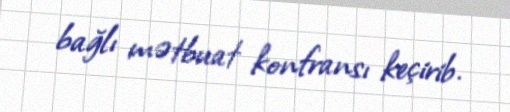
bağlı mətbuat konfransı keçirib.